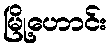
မြို့ဟောင်း